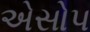
એસોપ